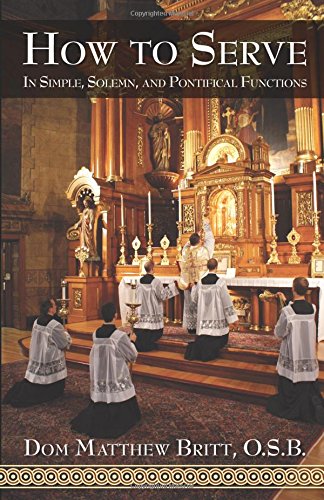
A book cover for How to Serve: In Simple, Solemn and Pontifical Functions; Dom Matthew Britt O.S.B.; Christian Books & Bibles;